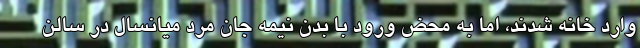
وارد خانه شدند، اما به محض ورود با بدن نیمه جان مرد میانسال در سالن